Civil Veterinary Dept. North-West Frontier Province 1933-46 - 1933-1946
Year: 1933
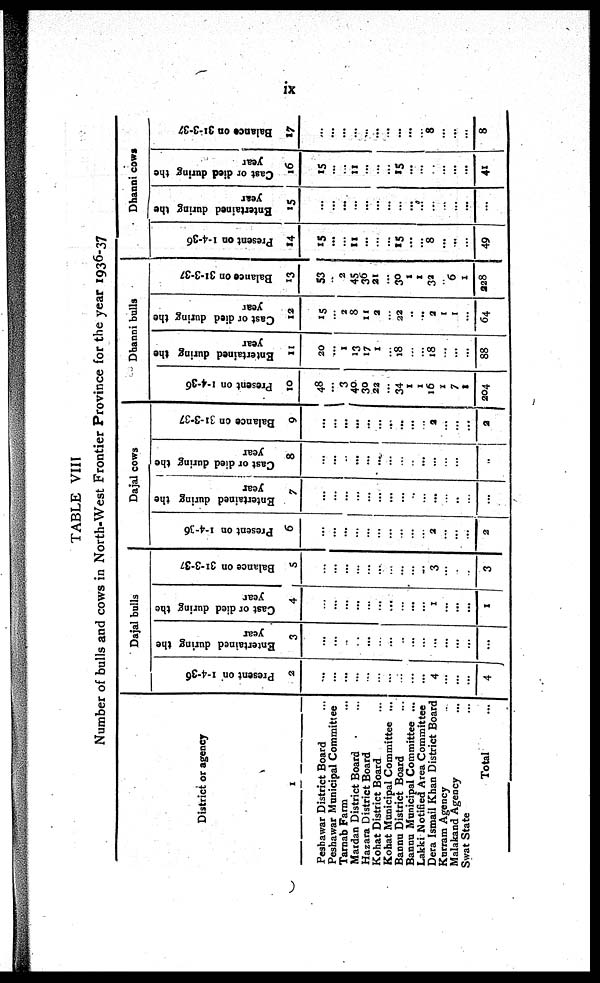
ix
TABLE VIII
Number of bulls and cows in North-West Frontier Province for the year 1936-37
District or agency
1
Peshawar District Board ...
Peshawar Municipal Committee
Tarnab Farm ...
Mardan District Board ...
Hazara District Board
Kohat District Board ...
Kohat Municipal Committee ...
Bannu District Board ...
Bannu Municipal Committee ...
Lakki Notified Area Committee
Dera Ismail Khan District Board
Kurram Agency ...
Malakand Agency ...
Swat State ...
Total ...
Dajal bulls
Pr es ent on 1-4-36
2
...
...
...
...
...
...
...
...
...
...
4
...
...
...
4
Entertained during the
year
3
...
...
...
...
...
...
...
...
...
...
...
...
...
...
...
Cast or died during the
year
4
...
...
...
...
...
...
...
...
...
...
1
...
...
...
I
Ba l
a nc e on 31- 3- 37
5
...
...
...
...
...
...
...
...
...
...
3
...
...
...
3
Dajal cows
Pr es ent on 1-4-36
6
...
...
...
...
...
...
...
...
...
...
2
...
...
...
2
Entertained during the
year
7
...
...
...
...
...
...
...
...
...
...
...
...
...
...
...
Cast or died daring the
year
8
...
...
...
...
...
...
...
...
...
...
...
...
...
...
2
Bal ance on 31- 3- 37
9
...
...
...
...
...
...
...
...
...
...
2
...
...
...
2
Dhanni bulls
Pr es ent on 1-4-36
10
48
...
3
40
30
22
...
34
1
1
16
2
7
1
204
Entertained during the
year
11
20
...
1
13
17
1
...
18
...
...
18
...
...
...
88
Cast or died during the
year
12
15
...
2
8
11
2
...
22
...
...
2
1
1
...
64
Bal ance on 31- 3- 37
13
53
...
2
45
36
21
...
30
1
1
32
...
6
1
228
Dhanni cows
Pr es ent on 1-4-36
14
15
...
...
11
...
...
...
15
...
... 8
...
...
...
49
Entertained during the
year
15
...
...
...
...
...
...
...
...
...
...
...
...
...
...
...
Cast or died during the
year
16
15
...
...
11
... ...
...
15
...
...
...
...
...
...
41
Balance on 31-3-37
17
...
...
...
...
...
...
...
...
...
...
8
...
...
...
8